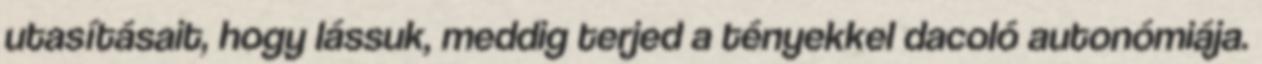
utasításait, hogy lássuk, meddig terjed a tényekkel dacoló autonómiája.